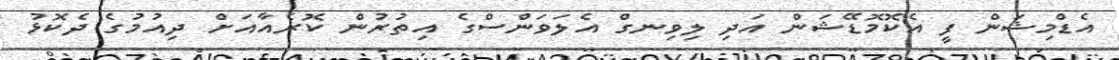
އެޑްމިޝަން ފީ އެކޮމޮޑޭޝަން އަދި ލިވިނގް އެލަވަންސްގެ އިތުރުން ކޮރެއާއަށް ދިއުމުގެ ދެކޮޅު